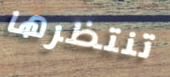
تنتظرها